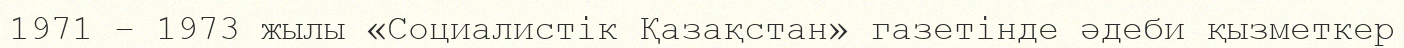
1971 – 1973 жылы «Социалистік Қазақстан» газетінде әдеби қызметкер